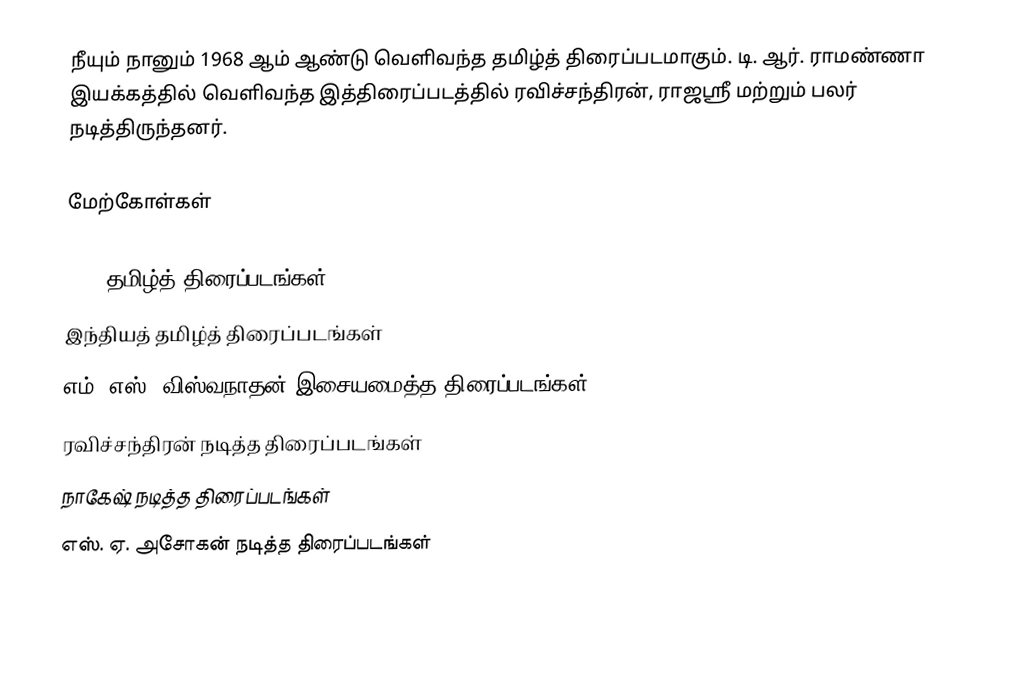
நீயும் நானும் 1968 ஆம் ஆண்டு வெளிவந்த தமிழ்த் திரைப்படமாகும். டி. ஆர். ராமண்ணா இயக்கத்தில் வெளிவந்த இத்திரைப்படத்தில் ரவிச்சந்திரன், ராஜஸ்ரீ மற்றும் பலர் நடித்திருந்தனர்.

மேற்கோள்கள்

1968 தமிழ்த் திரைப்படங்கள்
இந்தியத் தமிழ்த் திரைப்படங்கள்
எம். எஸ். விஸ்வநாதன் இசையமைத்த திரைப்படங்கள்
ரவிச்சந்திரன் நடித்த திரைப்படங்கள்
நாகேஷ் நடித்த திரைப்படங்கள்
எஸ். ஏ. அசோகன் நடித்த திரைப்படங்கள்